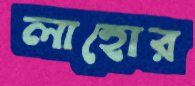
লাহোর